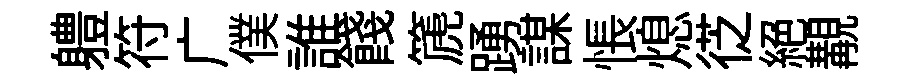
軆符广僕誰餞篪踴謀悵熄徔絕覯